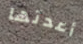
أعدتها